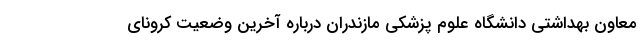
معاون بهداشتی دانشگاه علوم پزشکی مازندران درباره آخرین وضعیت کرونای